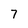
Character: 7